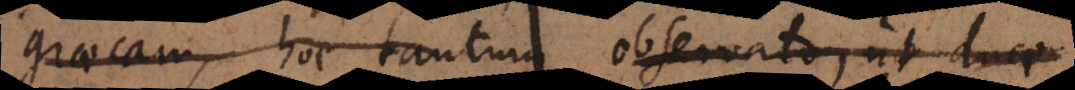
graecam, hoc tantum observato, ut duae